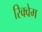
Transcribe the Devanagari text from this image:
रिक्वेम